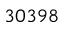
3 0 3 9 8